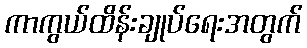
ကာကွယ်ထိန်းချုပ်ရေးအတွက်